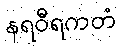
နရဝီရကတံ